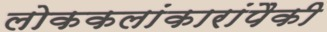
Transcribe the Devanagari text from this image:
लोककलांकारांपैकी